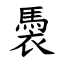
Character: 䮍